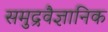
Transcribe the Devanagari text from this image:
समुद्रवैज्ञानिक